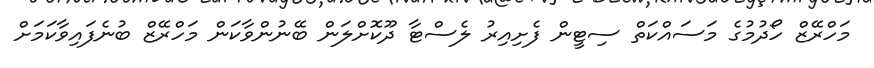
މަހްރޭޒް ހޯދުމުގެ މަސައްކަތް ސިޓީން ފެށިއިރު ލެސްޓާ ދޫކޮށްލަން ބޭނުންވާކަން މަހްރޭޒް ބުނެފައިވާކަމަށް